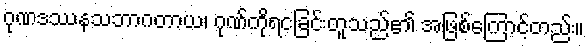
ဂုဏဒဿနသဘာဂတာယ၊ ဂုဏ်ကိုရငခြင်းတူသည်၏ အဖြစ်ကြောင့်တည်း။